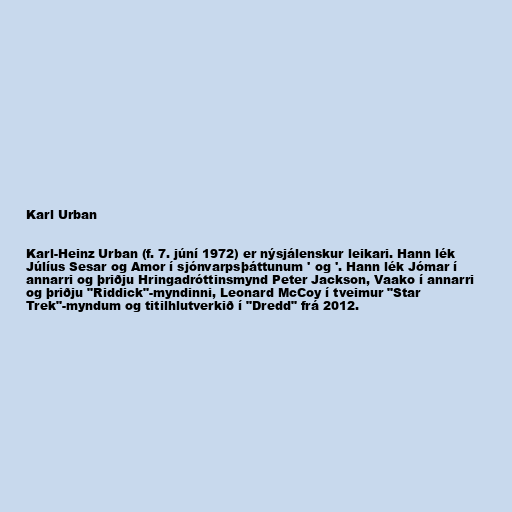
Karl Urban

Karl-Heinz Urban (f. 7. júní 1972) er nýsjálenskur leikari. Hann lék
Júlíus Sesar og Amor í sjónvarpsþáttunum ' og '. Hann lék Jómar í
annarri og þriðju Hringadróttinsmynd Peter Jackson, Vaako í annarri
og þriðju "Riddick"-myndinni, Leonard McCoy í tveimur "Star
Trek"-myndum og titilhlutverkið í "Dredd" frá 2012.